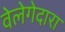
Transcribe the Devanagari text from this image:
वेलेगेदारा